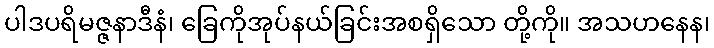
ပါဒပရိမဇ္ဇနာဒီနံ၊ ခြေကိုအုပ်နယ်ခြင်းအစရှိသော တို့ကို။ အသဟနေန၊